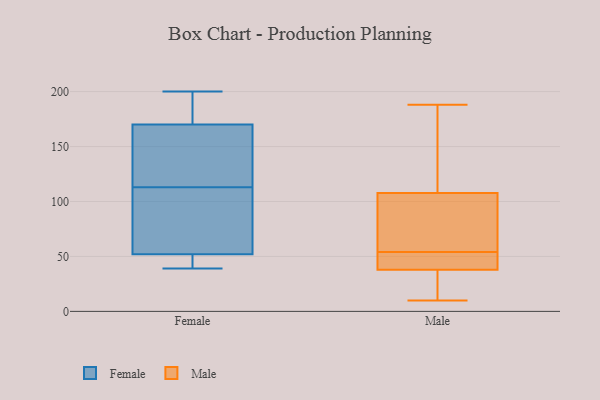
{"axis": {"x": "Inventory Turnover", "y": "Value"}, "legend": ["Female", "Male"], "data": [{"x": "", "y": 97, "type": "Female"}, {"x": "", "y": 131, "type": "Female"}, {"x": "", "y": 75, "type": "Female"}, {"x": "", "y": 170, "type": "Female"}, {"x": "", "y": 81, "type": "Female"}, {"x": "", "y": 51, "type": "Female"}, {"x": "", "y": 39, "type": "Female"}, {"x": "", "y": 170, "type": "Female"}, {"x": "", "y": 52, "type": "Female"}, {"x": "", "y": 200, "type": "Female"}, {"x": "", "y": 145, "type": "Female"}, {"x": "", "y": 45, "type": "Female"}, {"x": "", "y": 200, "type": "Female"}, {"x": "", "y": 199, "type": "Female"}, {"x": "", "y": 58, "type": "Female"}, {"x": "", "y": 47, "type": "Female"}, {"x": "", "y": 193, "type": "Female"}, {"x": "", "y": 129, "type": "Female"}, {"x": "", "y": 54, "type": "Male"}, {"x": "", "y": 188, "type": "Male"}, {"x": "", "y": 183, "type": "Male"}, {"x": "", "y": 40, "type": "Male"}, {"x": "", "y": 55, "type": "Male"}, {"x": "", "y": 32, "type": "Male"}, {"x": "", "y": 10, "type": "Male"}, {"x": "", "y": 119, "type": "Male"}, {"x": "", "y": 16, "type": "Male"}, {"x": "", "y": 40, "type": "Male"}, {"x": "", "y": 104, "type": "Male"}, {"x": "", "y": 82, "type": "Male"}, {"x": "", "y": 40, "type": "Male"}]}